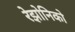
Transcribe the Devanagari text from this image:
रेझोनिको